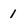
Character: 1